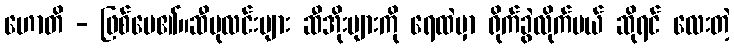
ဟောတိ - ဖြစ်ပေ၏။ဆီပုလင်းများ ဆီအိုးများကို ရေထဲမှာ ရိုက်ခွဲလိုက်မယ် ဆိုရင် လေးတဲ့